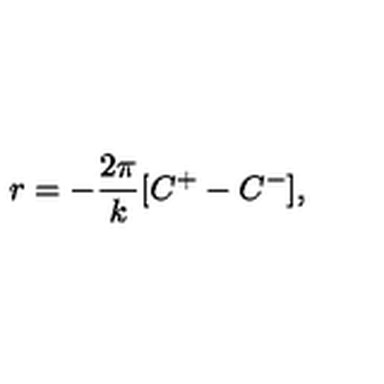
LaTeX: r = - \frac { 2 \pi } { k } [ C ^ { + } - C ^ { - } ] ,